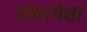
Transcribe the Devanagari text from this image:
शंबरपेक्षा